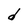
Character: d